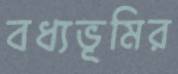
বধ্যভূমির